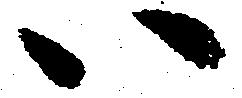
い